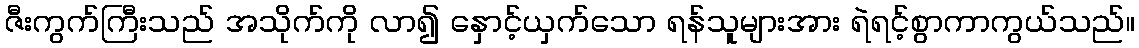
ဇီးကွက်ကြီးသည် အသိုက်ကို လာ၍ နှောင့်ယှက်သော ရန်သူများအား ရဲရင့်စွာကာကွယ်သည်။